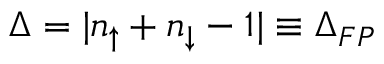
\Delta = | n _ { \uparrow } + n _ { \downarrow } - 1 | \equiv \Delta _ { F P }